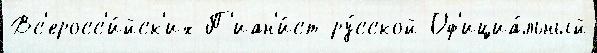
Вс'еросс'и́йск'их П'иан'и́ст ру́сской Оф'ициа́льный